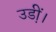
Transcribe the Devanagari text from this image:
उडी़ं।